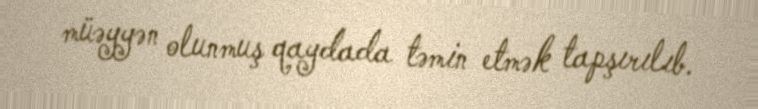
müəyyən olunmuş qaydada təmin etmək tapşırılıb.